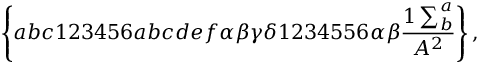
\left\{ a b c 1 2 3 4 5 6 a b c d e f \alpha \beta \gamma \delta 1 2 3 4 5 5 6 \alpha \beta \frac { 1 \sum _ { b } ^ { a } } { A ^ { 2 } } \right\} ,